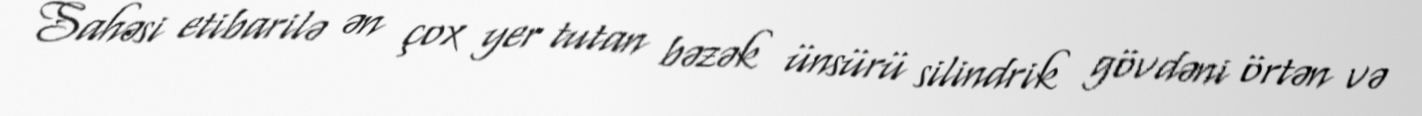
Sahəsi etibarilə ən çox yer tutan bəzək ünsürü silindrik gövdəni örtən və